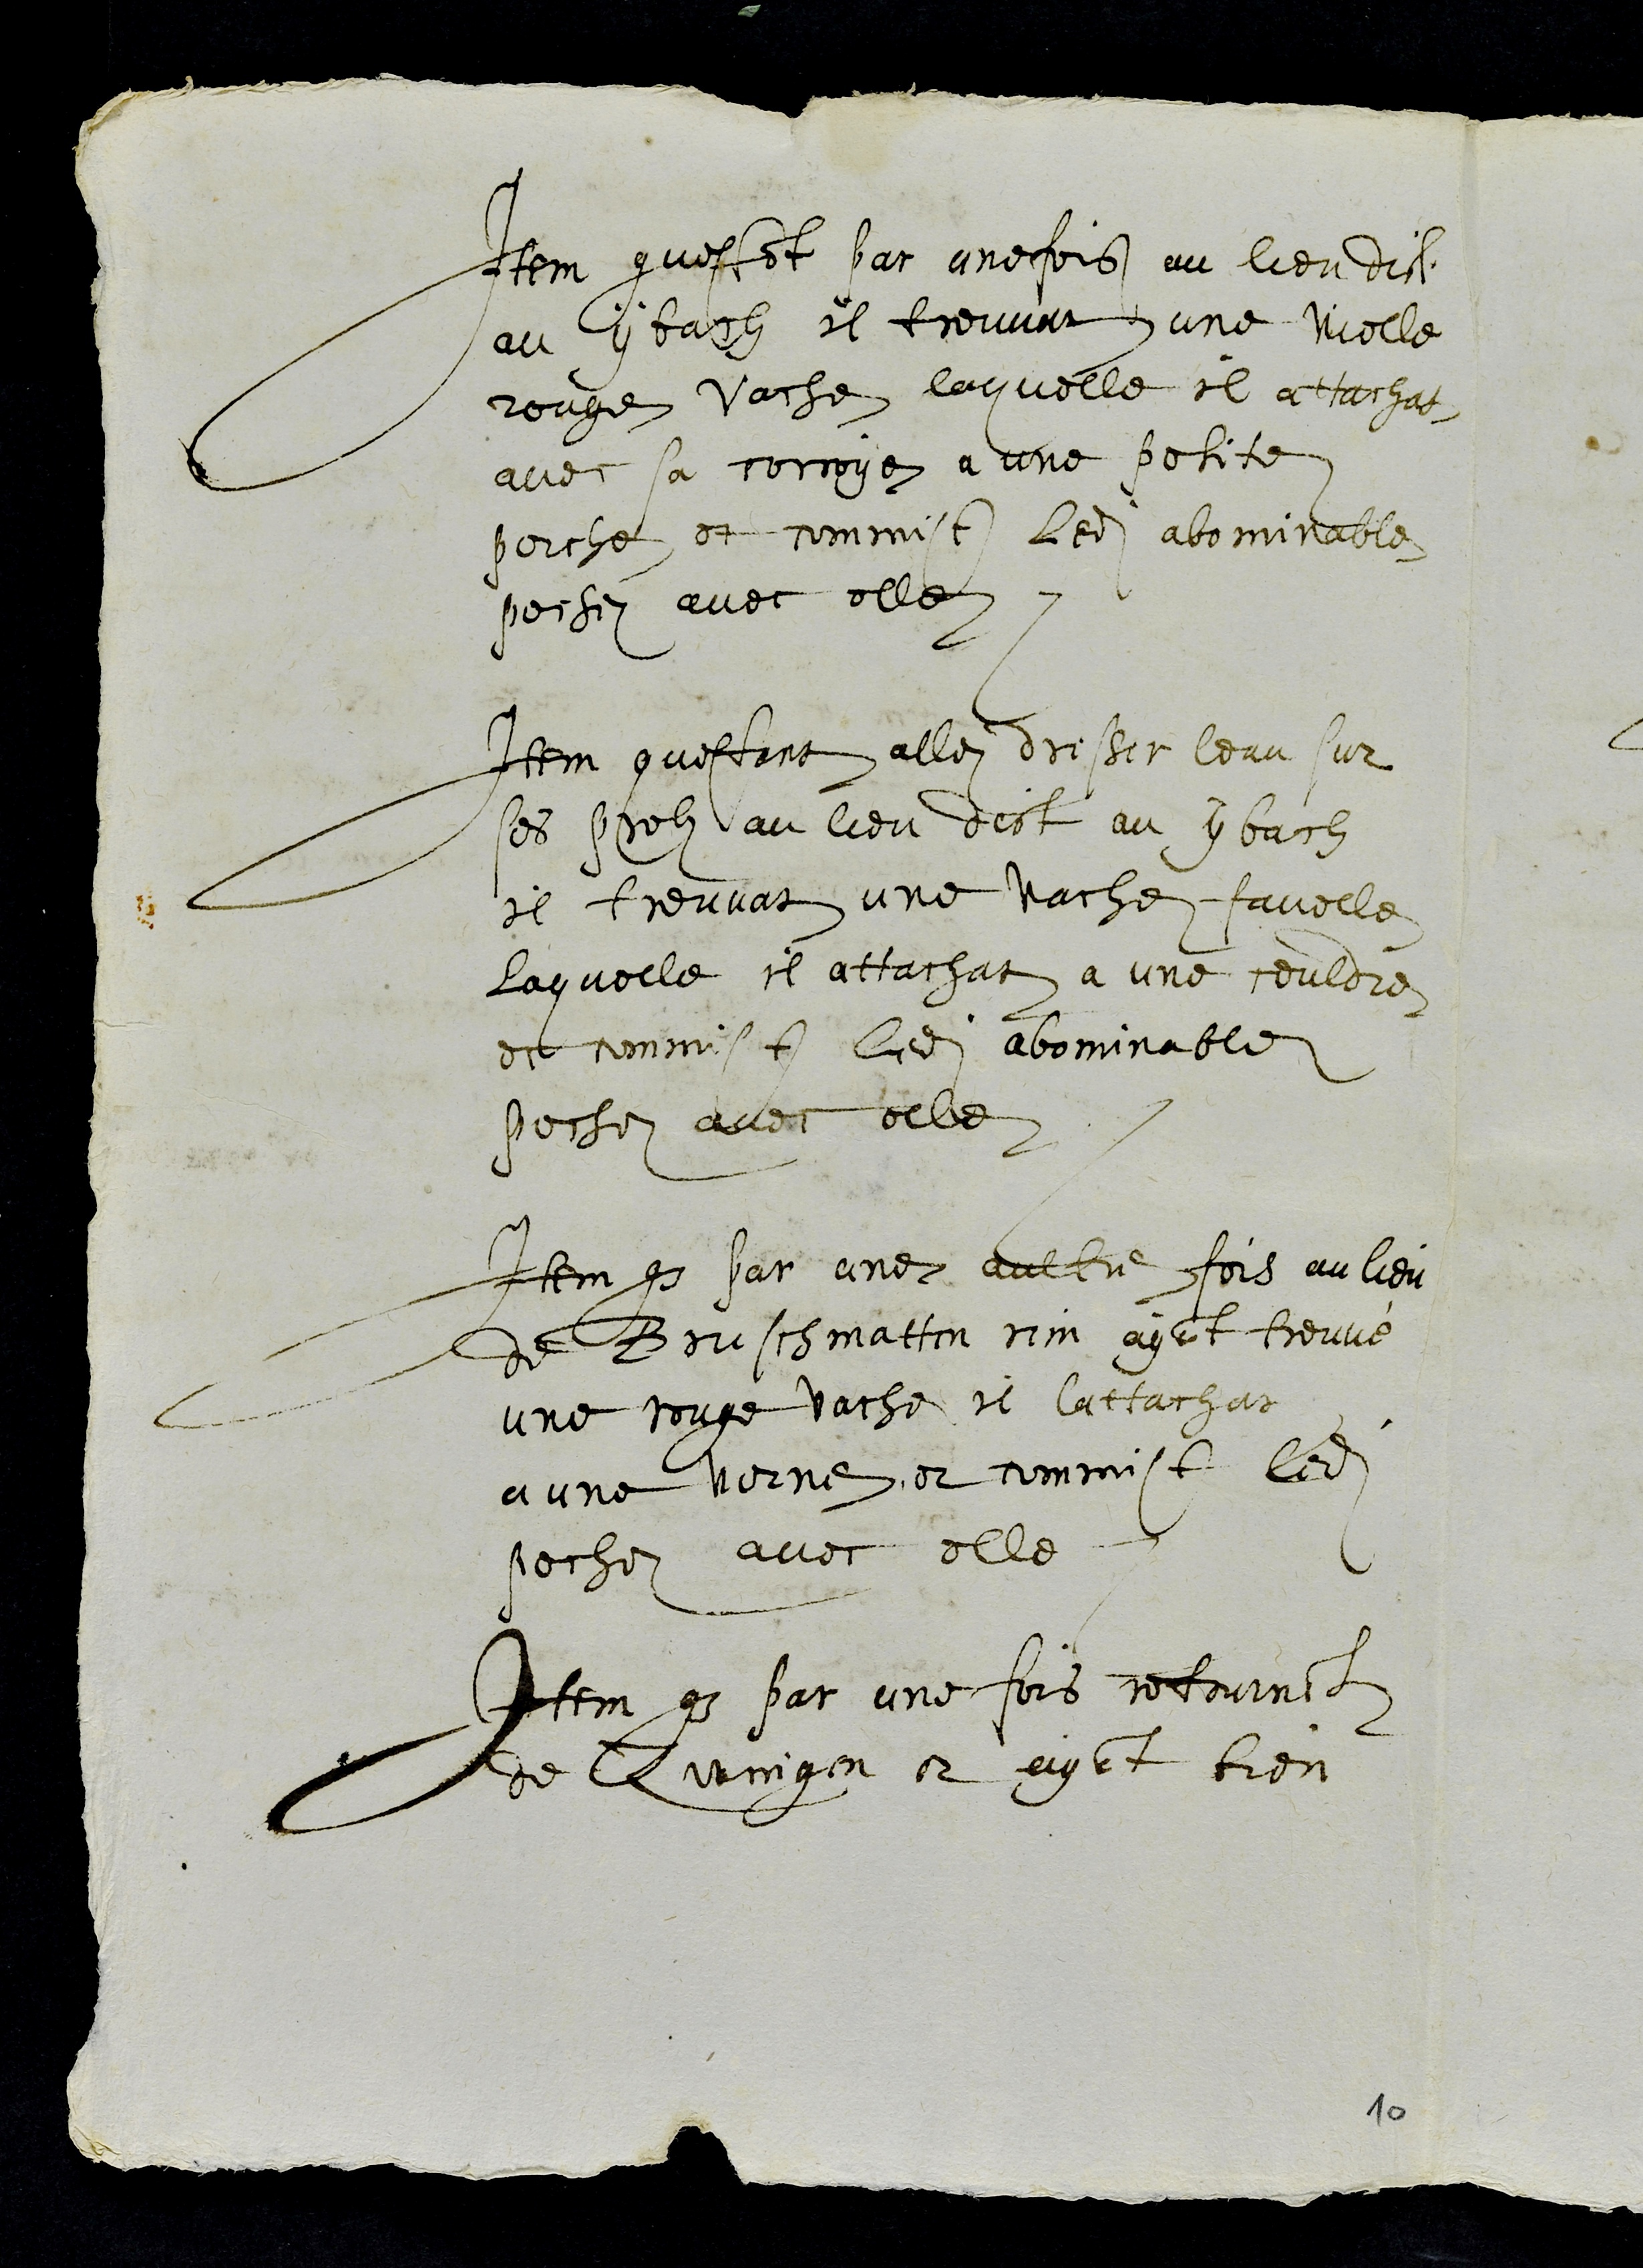
Item questant par une fois au lieu dict
au ybach il trouvat une vielle
rouge vache laquelle il attachat
avec sa corroye a une petite
perche et commist ledit abominable
pechez avec elle.
Item questant allez dresser leau sur
ses prelz au lieu dict au ybach
il treuvat une vache favelle
laquelle il attachat a une couldre
et commist ledit abominable
pechez avec elle
Item que par une aultre fois au lieu
de Bruschmatten rier ayant treuvé
une rouge vache il lattachat
a une verne et commist ledit
pechez avec elle
Item que par une fois retournant
de Zwingen, et ayant bien
10